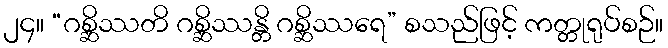
၂၄။ “ဂစ္ဆိဿတိ ဂစ္ဆိဿန္တိ ဂစ္ဆိဿရေ” စသည်ဖြင့် ကတ္တုရုပ်စဉ်။